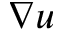
\nabla \boldsymbol { u }